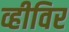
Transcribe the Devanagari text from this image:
व्हीविर